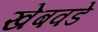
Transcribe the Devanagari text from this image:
खेबवडे